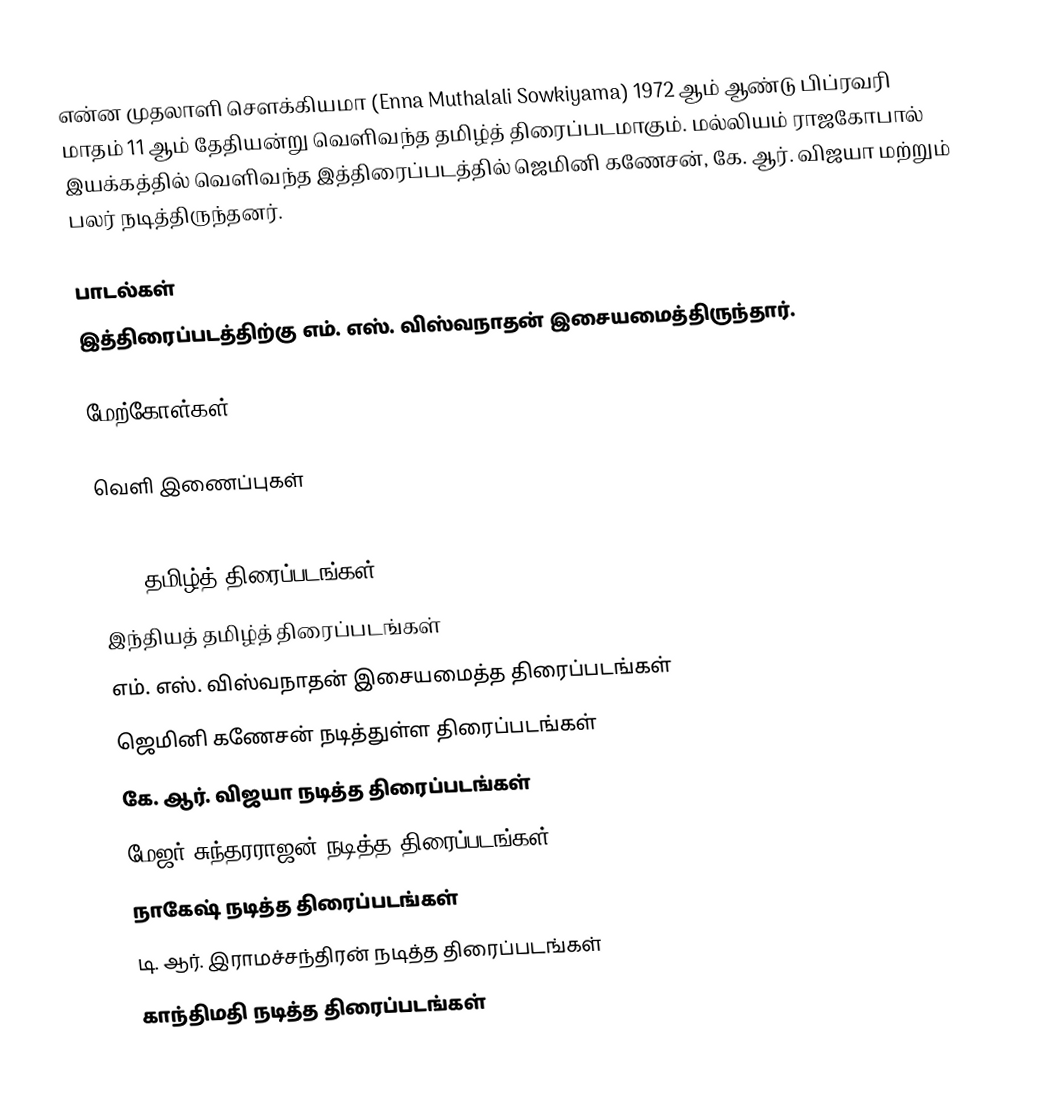
என்ன முதலாளி சௌக்கியமா (Enna Muthalali Sowkiyama) 1972 ஆம் ஆண்டு பிப்ரவரி மாதம் 11 ஆம் தேதியன்று வெளிவந்த தமிழ்த் திரைப்படமாகும். மல்லியம் ராஜகோபால் இயக்கத்தில் வெளிவந்த இத்திரைப்படத்தில் ஜெமினி கணேசன், கே. ஆர். விஜயா மற்றும் பலர் நடித்திருந்தனர்.

பாடல்கள்
இத்திரைப்படத்திற்கு எம். எஸ். விஸ்வநாதன் இசையமைத்திருந்தார்.

மேற்கோள்கள்

வெளி இணைப்புகள்

1972 தமிழ்த் திரைப்படங்கள்
இந்தியத் தமிழ்த் திரைப்படங்கள்
எம். எஸ். விஸ்வநாதன் இசையமைத்த திரைப்படங்கள்
ஜெமினி கணேசன் நடித்துள்ள திரைப்படங்கள்
கே. ஆர். விஜயா நடித்த திரைப்படங்கள்
மேஜர் சுந்தரராஜன் நடித்த திரைப்படங்கள்
நாகேஷ் நடித்த திரைப்படங்கள்
டி. ஆர். இராமச்சந்திரன் நடித்த திரைப்படங்கள்
காந்திமதி நடித்த திரைப்படங்கள்